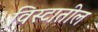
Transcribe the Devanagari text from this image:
विस्टातील